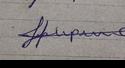
Signature authenticity: forged